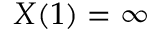
X ( 1 ) = \infty